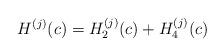
LaTeX: \begin{align*} H^{(j)}(c)=H_2^{(j)}(c)+H_4^{(j)}(c)\end{align*}